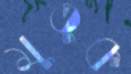
মুতুক